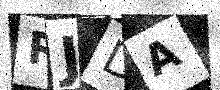
Text: RJDA